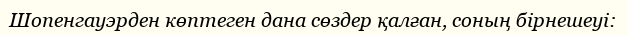
Шопенгауэрден көптеген дана сөздер қалған, соның бірнешеуі: